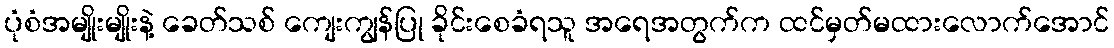
ပုံစံအမျိုးမျိုးနဲ့ ခေတ်သစ် ကျေးကျွန်ပြု ခိုင်းစေခံရသူ အရေအတွက်က ထင်မှတ်မထားလောက်အောင်